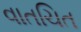
વાતચિત